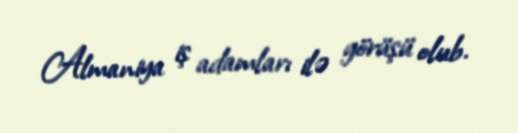
Almaniya iş adamları ilə görüşü olub.